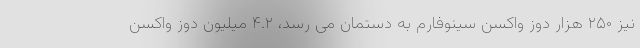
نیز ۲۵۰ هزار دوز واکسن سینوفارم به دستمان می رسد، ۴.۲ میلیون دوز واکسن